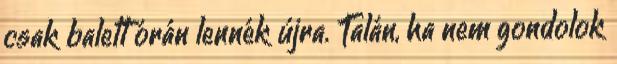
csak balett órán lennék újra. Talán, ha nem gondolok